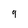
Character: 9